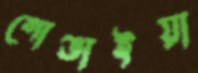
গোঙাইয়া